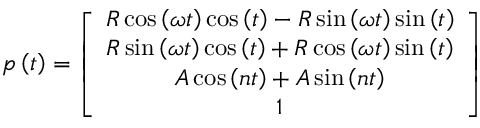
p \left( t \right) = \left[ \begin{array} { c } { R \cos \left( \omega t \right) \cos \left( t \right) - R \sin \left( \omega t \right) \sin \left( t \right) } \\ { R \sin \left( \omega t \right) \cos \left( t \right) + R \cos \left( \omega t \right) \sin \left( t \right) } \\ { A \cos \left( n t \right) + A \sin \left( n t \right) } \\ { 1 } \end{array} \right]